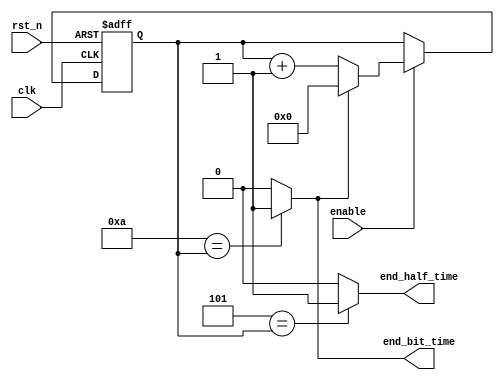
// Coder:           Cuauhtemoc Aguilera
// Module name:	  Bit_Rate_Pulse
// Project Name:	  risc_v_top
// Description:	  Bit rate pulse

module Bit_Rate_Pulse
 # (parameter delay_counts = 11 ) 
    (input clk,
    input rst_n,
    input enable,
    output end_bit_time,
    output end_half_time
    );
    
localparam delay_bits = $clog2 (delay_counts);
 
reg [delay_bits-1:0]count ;  
    // Comparador
assign end_bit_time = (delay_counts - 1'b1 ==count)?1'b1:1'b0;
assign end_half_time = ( (delay_counts - 1'b1)/2 == count)?1'b1:1'b0;
// Contador
always @(negedge rst_n, posedge clk)
    begin
        if (!rst_n)
            count <= {delay_bits{1'b0}};
        else 
            if (enable)
                if (end_bit_time)
                         count <= {delay_bits{1'b0}};
                else 
                        count <= count + 1'b1;
             else
                count <= count;
     end
endmodule